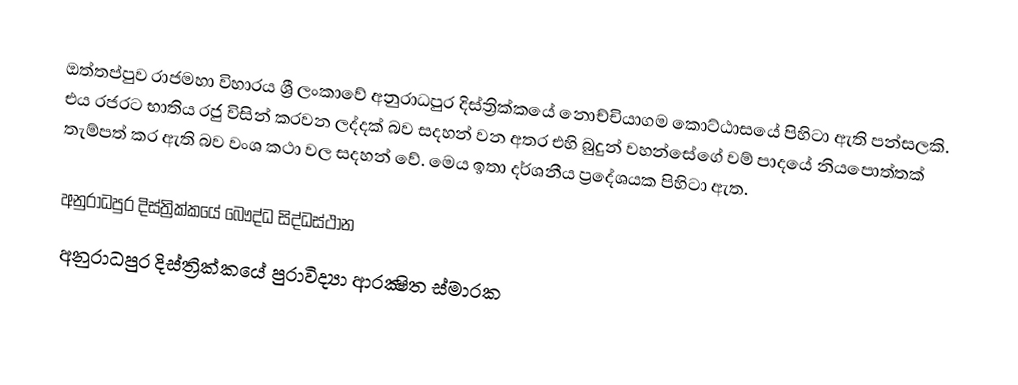
ඔත්තප්පුව රාජමහා විහාරය ශ්‍රී ලංකාවේ අනුරාධපුර දිස්ත්‍රික්කයේ නොච්චියාගම කොට්ඨාසයේ  පිහිටා ඇති පන්සලකි. එය රජරට භාතිය රජු විසින් කරවන ලද්දක් බව සදහන් වන අතර එහි බුදුන් වහන්සේගේ වම් පාදයේ නියපොත්තක් තැම්පත් කර ඇති බව වංශ කථා වල සදහන් වේ. මෙය ඉතා දර්ශනීය ප්‍රදේශයක පිහිටා ඇත.

අනුරාධපුර දිස්ත්‍රික්කයේ බෞද්ධ සිද්ධස්ථාන‎
අනුරාධපුර දිස්ත්‍රික්කයේ පුරාවිද්‍යා ආරක්‍ෂිත ස්මාරක